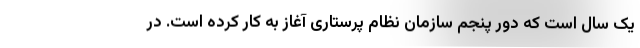
یک سال است که دور پنجم سازمان نظام پرستاری آغاز به کار کرده است. در